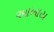
આખાય